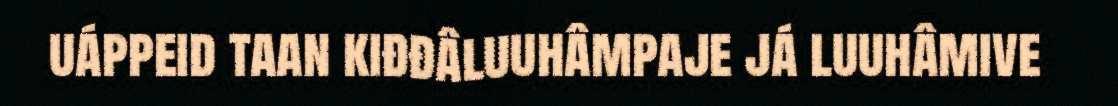
uáppeid taan kiđđâluuhâmpaje já luuhâmive